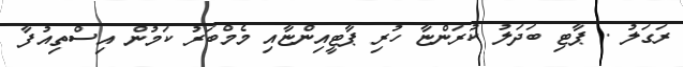
ރަގަލު . ޕާޓި ބަދަލު ކުރަންޏާ ހުރި ޕާޓީއިންޏާއި މެމްބަރު ކަމުން އިސްތިއުފާ